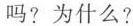
吗?为什么?